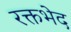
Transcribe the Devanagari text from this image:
रक्तभेद